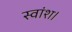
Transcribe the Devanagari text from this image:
स्वांश।